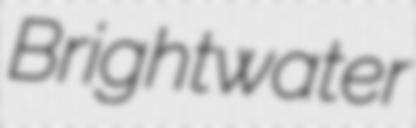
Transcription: Brightwater